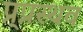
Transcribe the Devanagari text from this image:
प्र्प्रस्थव